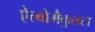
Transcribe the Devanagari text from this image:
ऐल्बोमैकुलटा